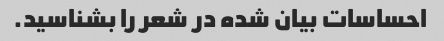
احساسات بیان شده در شعر را بشناسید.